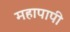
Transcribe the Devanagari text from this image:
महापापी